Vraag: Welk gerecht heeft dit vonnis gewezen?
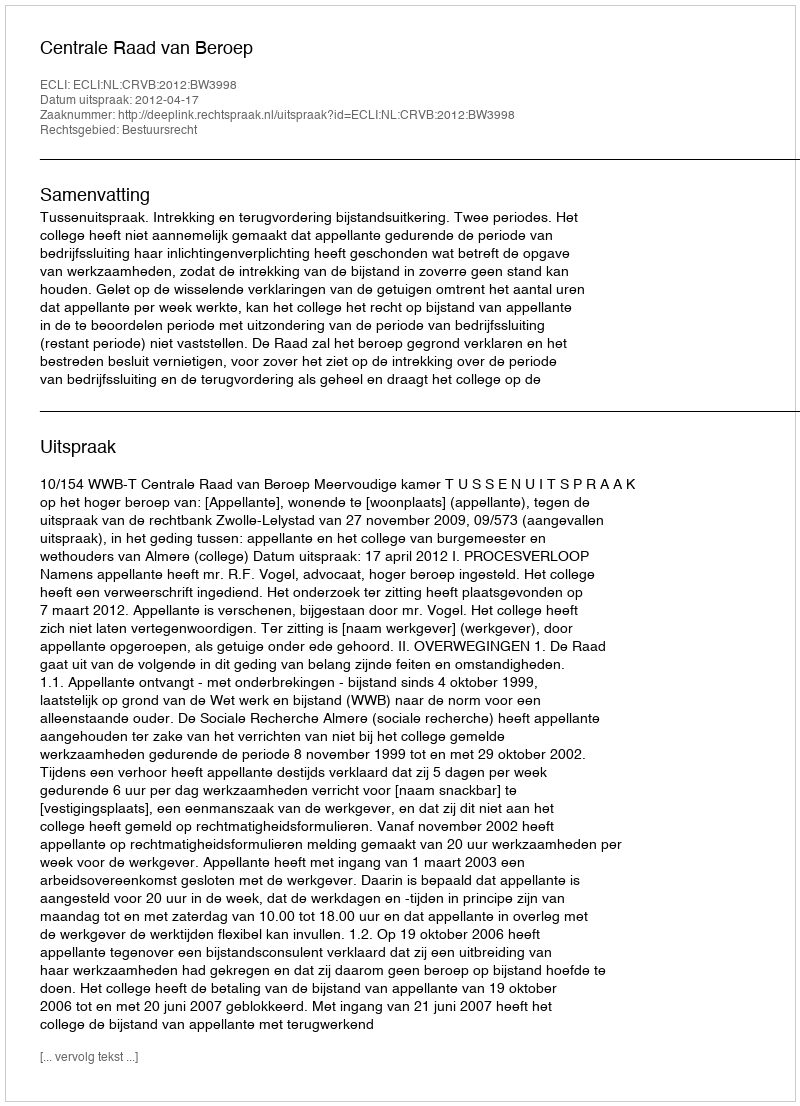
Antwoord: Centrale Raad van Beroep